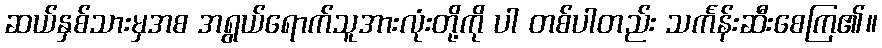
ဆယ်နှစ်သားမှအစ အရွယ်ရောက်သူအားလုံးတို့ကို ပါ တစ်ပါတည်း သင်္ကန်းဆီးစေကြ၏။